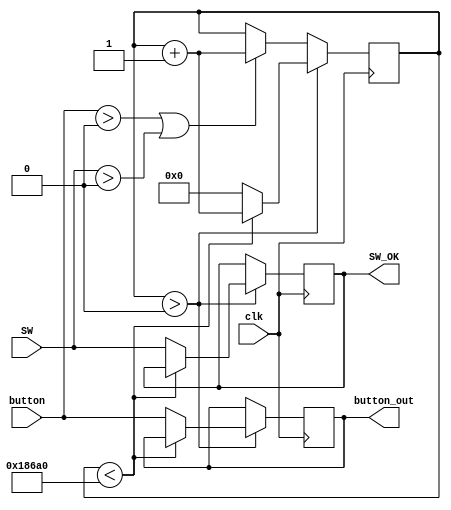
`timescale 1ns / 1ps
//////////////////////////////////////////////////////////////////////////////////
// Company: 
// Engineer: 
// 
// Design Name: 
// Module Name:    anti_jitter 
// Project Name: 
// Target Devices: 
// Tool versions: 
// Description: 
//
// Dependencies: 
//
// Revision: 
// Revision 0.01 - File Created
// Additional Comments: 
//
//////////////////////////////////////////////////////////////////////////////////
module BTN_Anti_jitter(clk, button,SW, button_out,SW_OK);
    input  wire clk;
    input  wire [3:0] button;
	 input  wire [7:0] SW;
    output reg  [3:0] button_out;
	 output reg  [7:0] SW_OK;
	 reg [31:0] counter;
	 always @(posedge clk) begin
if(counter>0) begin
if(counter<100000)
counter<=counter+1;
else begin counter<=32'b0;
button_out<=button; SW_OK<=SW; end
end else
if(button>0 || SW>0 )
counter<=counter+1; 
end
endmodule